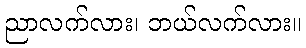
ညာလက်လား၊ ဘယ်လက်လား။